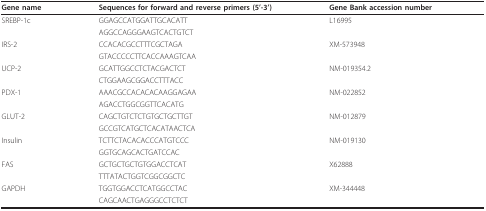
| Gene name | Sequences for forward and reverse primers (5'-3') | Gene Bank accession number |
 | --- | --- | --- |
 | SREBP-1c | GGAGCCATGGATTGCACATT | L16995 |
 |  | AGGCCAGGGAAGTCACTGTCT |  |
 | IRS-2 | CCACACGCCTTTCGCTAGA | XM-573948 |
 |  | GTACCCCCTTCACCAAAGTCAA |  |
 | UCP-2 | GCATTGGCCTCTACGACTCT | NM-019354.2 |
 |  | CTGGAAGCGGACCTTTACC |  |
 | PDX-1 | AAACGCCACACACAAGGAGAA | NM-022852 |
 |  | AGACCTGGCGGTTCACATG |  |
 | GLUT-2 | CAGCTGTCTCTGTGCTGCTTGT | NM-012879 |
 |  | GCCGTCATGCTCACATAACTCA |  |
 | Insulin | TCTTCTACACACCCATGTCCC | NM-019130 |
 |  | GGTGCAGCACTGATCCAC |  |
 | FAS | GCTGCTGCTGTGGACCTCAT | X62888 |
 |  | TTTATACTGGTCGGCGGCTC |  |
 | GAPDH | TGGTGGACCTCATGGCCTAC | XM-344448 |
 |  | CAGCAACTGAGGGCCTCTCT |  |